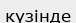
күзінде